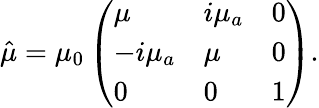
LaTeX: \hat{\mu}=\mu_{0}\left({\begin{array}{lll}{{\mu}}&{{i\mu_{a}}}&{{0}}\\ {{-i\mu_{a}}}&{{\mu}}&{{0}}\\ {{0}}&{{0}}&{{1}}\end{array}}\right).